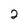
Character: 2